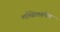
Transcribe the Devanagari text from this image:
मच्चित्तरूपेण